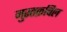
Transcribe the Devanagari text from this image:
मुस्तक़बिल